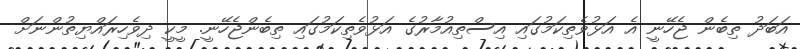
އަބަދު ތިބެން ޖެހޭނީ އެ އަޅުވެތިކަމުގައި އިސްތިއުމާރުގެ އަޅުވެތިކަމުގައި ތިބެންޖެހޭނީ. މީކީ ދިވެހިރައްޔިތުންނަށް